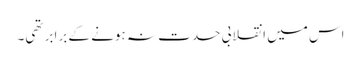
اس میں انقلابی حدت نہ ہونے کے برابر تھی۔